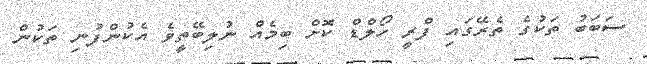
ސަބަބު ތަކުގެ ތެރޭގައި ފްރީ ހޯލްޑް ކޮށް ބިމެއް ނުލިބޭތީވެ އެކުންފުނި ތަކުން